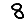
Digit: 8